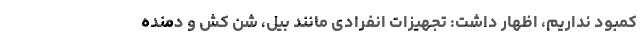
کمبود نداریم، اظهار داشت: تجهیزات انفرادی مانند بیل، شن کش و دمنده